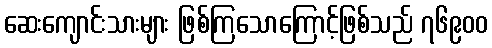
ဆေးကျောင်းသားများ ဖြစ်ကြသောကြောင့်ဖြစ်သည် ၇၆၉၀၀